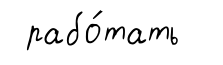
рабо́тать